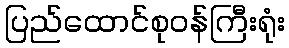
ပြည်ထောင်စုဝန်ကြီးရုံး